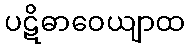
ပဋိဓာဝေယျာထ